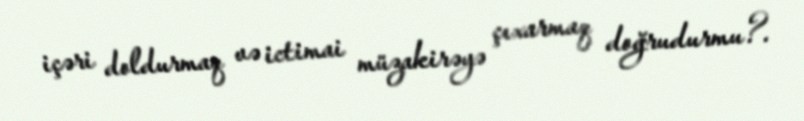
içəri doldurmaq və ictimai müzakirəyə çıxarmaq doğrudurmu?.